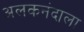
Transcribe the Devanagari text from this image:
अलकनंदाला